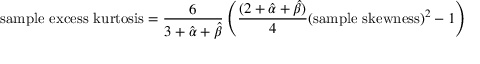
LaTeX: { \mathrm { s a m p l e ~ e x c e s s ~ k u r t o s i s } } = { \frac { 6 } { 3 + { \hat { \alpha } } + { \hat { \beta } } } } \left( { \frac { ( 2 + { \hat { \alpha } } + { \hat { \beta } } ) } { 4 } } ( { \mathrm { s a m p l e ~ s k e w n e s s } } ) ^ { 2 } - 1 \right)